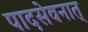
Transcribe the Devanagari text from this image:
पादसेवनात्